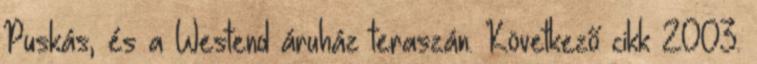
Puskás, és a Westend áruház teraszán. Következő cikk 2003.